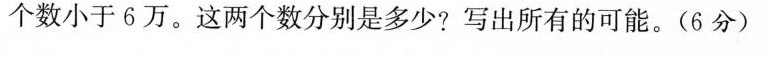
个数小于6万。这两个数分别是多少?写出所有的可能。(6分)